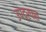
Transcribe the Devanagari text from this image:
उपद्रफ्त